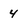
Character: 4